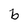
Character: b